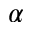
\alpha